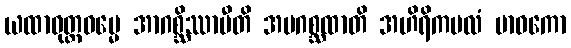
ယထာဝုတ္တဓမ္မေ အာဂစ္ဆိဿာမီတိ အပဂစ္ဆထာတိ အဟိရိကဗလံ ဗာဓကော